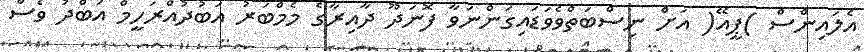
އެލައިންސް )ޕީއޭ( އަށް ނިސްބަތްވެވަޑައިގަންނަވާ ފޮނަދޫ ދާއިރާގެ މެމްބަރު އަބުދުއްރަހީމް އަބްދު ވެސް